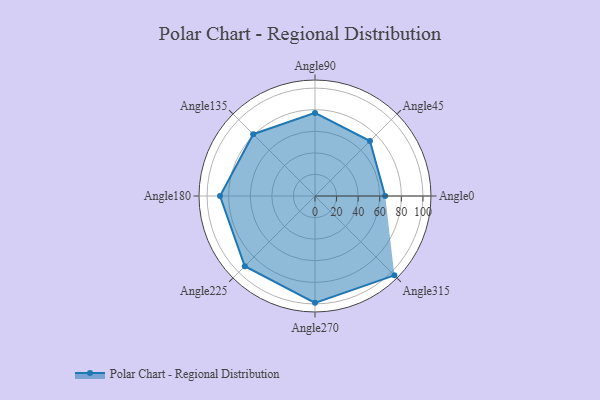
{"axis": {"x": "Angle", "y": "Radius"}, "legend": [""], "data": [{"x": "Angle0", "y": 65.0, "type": ""}, {"x": "Angle45", "y": 72.0, "type": ""}, {"x": "Angle90", "y": 77.0, "type": ""}, {"x": "Angle135", "y": 81.0, "type": ""}, {"x": "Angle180", "y": 88.0, "type": ""}, {"x": "Angle225", "y": 92.0, "type": ""}, {"x": "Angle270", "y": 99.0, "type": ""}, {"x": "Angle315", "y": 104.0, "type": ""}]}